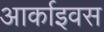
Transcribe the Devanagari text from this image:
आर्काइवस